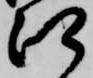
江